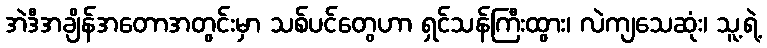
အဲဒီအချိန်အတောအတွင်းမှာ သစ်ပင်တွေဟာ ရှင်သန်ကြီးထွား၊ လဲကျသေဆုံး၊ သူ့ရဲ့